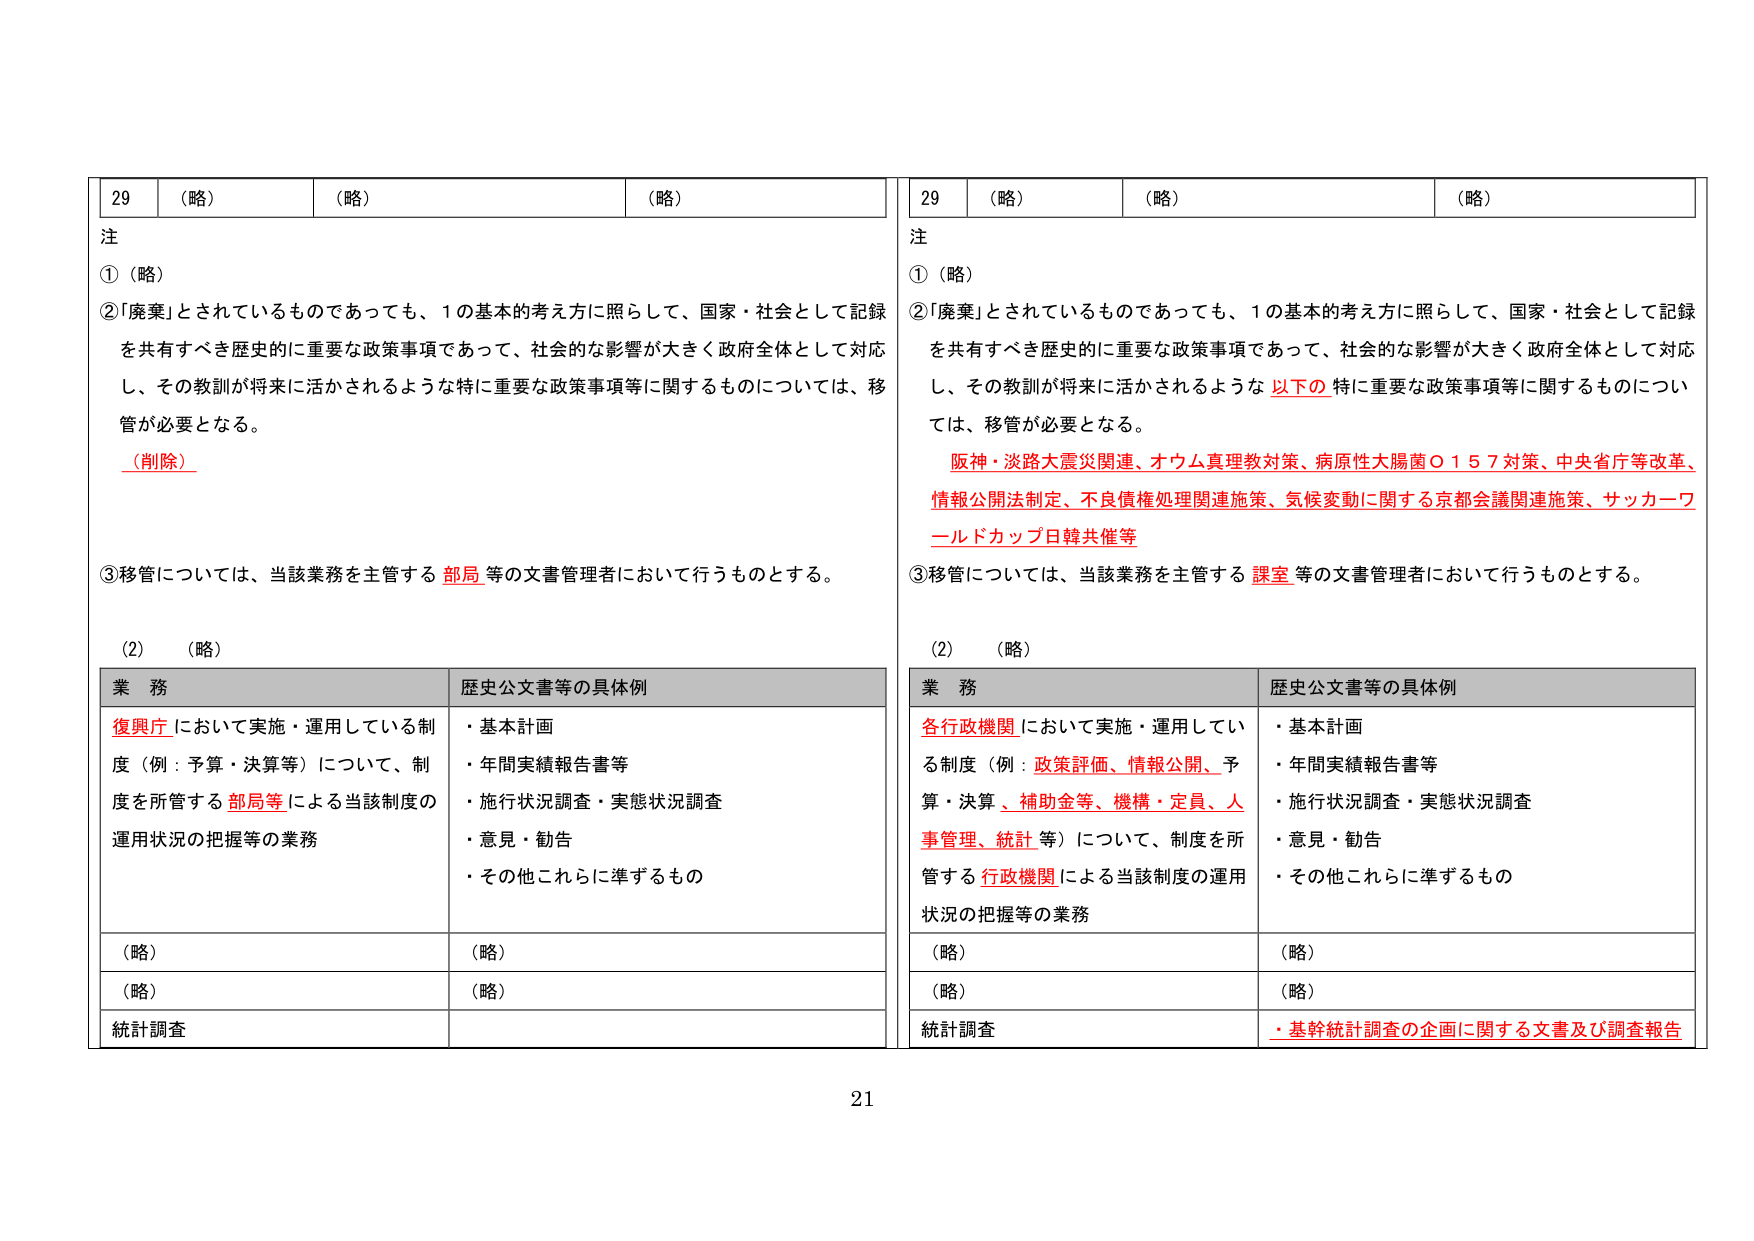
29 （略） （略） （略）
注
①（略）
②「廃棄」とされているものであっても、1の基本的考え方に照らして、国家・社会として記録を共有すべき歴史的に重要な政策事項であって、社会的な影響が大きく政府全体として対応し、その教訓が将来に活かされるような特に重要な政策事項等に関するものについては、移管が必要となる。
（削除）
③移管については、当該業務を主管する 部局 等の文書管理者において行うものとする。
(2) （略）
業務 歴史公文書等の具体例
復興庁 において実施・運用している制度（例：予算・決算等）について、制度を所管する 部局等 による当該制度の運用状況の把握等の業務
・基本計画
・年間実績報告書等
・施行状況調査・実態状況調査
・意見・勧告
・その他これらに準ずるもの
（略） （略）
（略） （略）
統計調査

29 （略） （略） （略）
注
①（略）
②「廃棄」とされているものであっても、1の基本的考え方に照らして、国家・社会として記録を共有すべき歴史的に重要な政策事項であって、社会的な影響が大きく政府全体として対応し、その教訓が将来に活かされるような 以下の 特に重要な政策事項等に関するものについては、移管が必要となる。
阪神・淡路大震災関連、オウム真理教対策、病原性大腸菌Ｏ１５７対策、中央省庁等改革、情報公開法制定、不良債権処理関連施策、気候変動に関する京都会議関連施策、サッカーワールドカップ日韓共催等
③移管については、当該業務を主管する 課室 等の文書管理者において行うものとする。
(2) （略）
業務 歴史公文書等の具体例
各行政機関 において実施・運用している制度（例：政策評価、情報公開、予算・決算、補助金等、機構・定員、人事管理、統計 等）について、制度を所管する 行政機関 による当該制度の運用状況の把握等の業務
・基本計画
・年間実績報告書等
・施行状況調査・実態状況調査
・意見・勧告
・その他これらに準ずるもの
（略） （略）
（略） （略）
統計調査 ・基幹統計調査の企画に関する文書及び調査報告

21